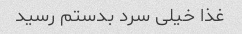
غذا خیلی سرد بدستم رسید